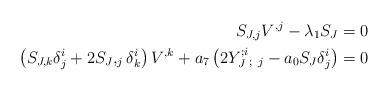
LaTeX: \begin{align*}S_{J,j}V^{,j}-\lambda_{1}S_{J} & =0\\\left( S_{J,k}\delta_{j}^{i}+2S_{J},_{j}\delta_{k}^{i}\right) V^{,k}+a_{7}\left( 2Y_{J}^{;i}{}_{;~j}-a_{0}S_{J}\delta_{j}^{i}\right) & =0\end{align*}